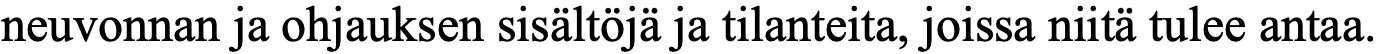
neuvonnan ja ohjauksen sisältöjä ja tilanteita, joissa niitä tulee antaa.